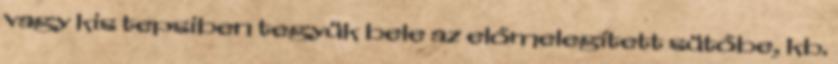
vagy kis tepsiben tegyük bele az előmelegített sütőbe, kb.